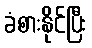
ခံစားနိုင်ပြီး